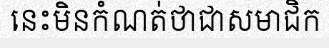
នេះមិនកំណត់ថាជាសមាជិក